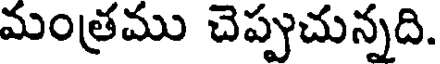
మంత్రము చెప్పుచున్నది.